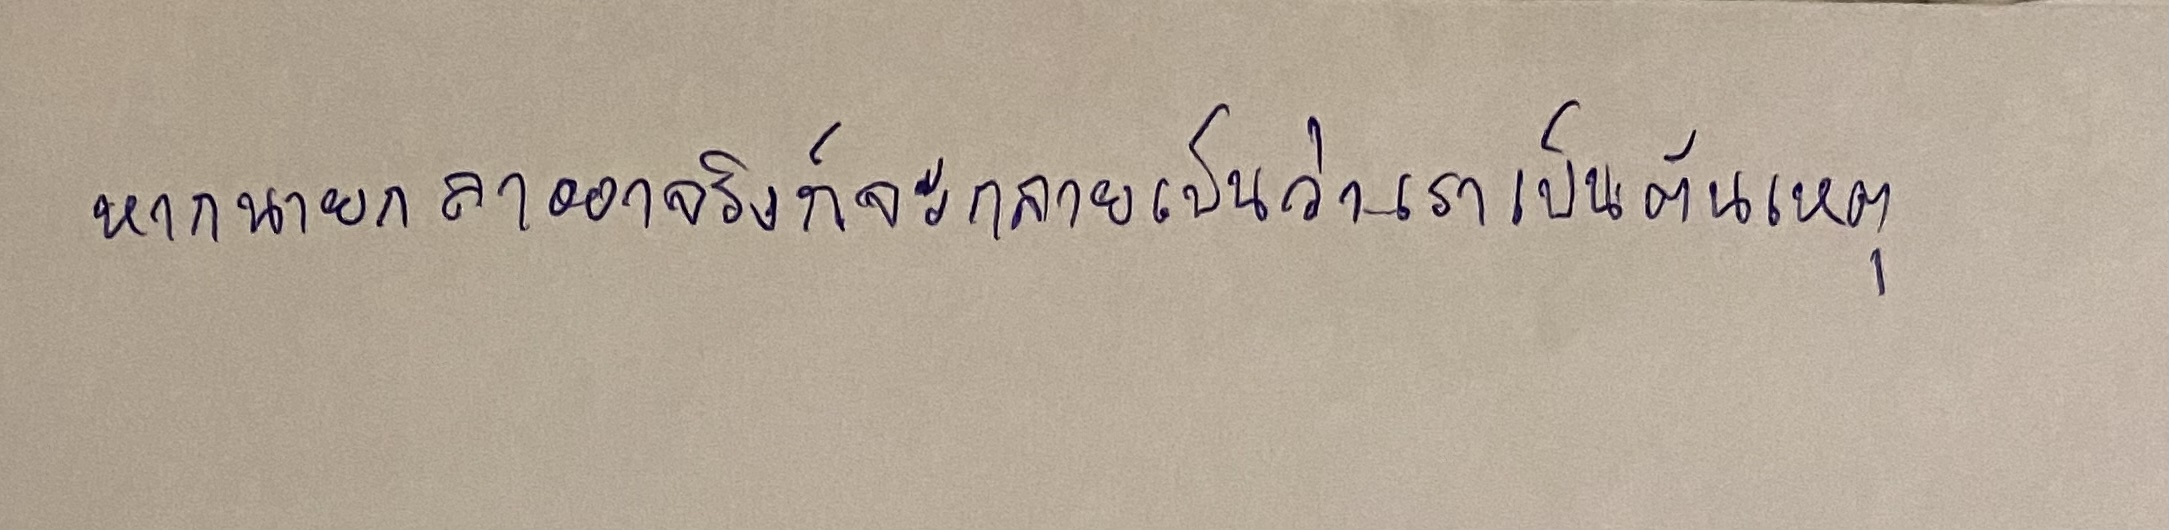
หากนายกฯลาออกจริงก็จะกลายเป็นว่าเราเป็นต้นเหตุ